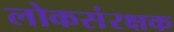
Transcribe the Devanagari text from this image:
लोकसंरक्षक